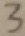
3